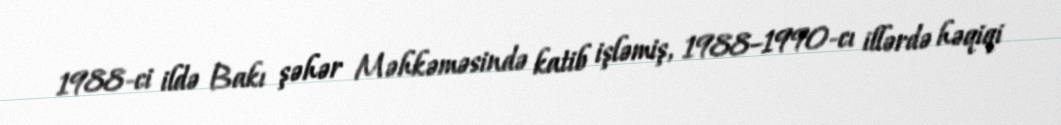
1988-ci ildə Bakı şəhər Məhkəməsində katib işləmiş, 1988–1990-cı illərdə həqiqi